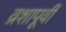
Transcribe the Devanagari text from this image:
व्रशापूर्वी